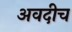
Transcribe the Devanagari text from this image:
अवदीच